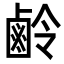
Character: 鹷